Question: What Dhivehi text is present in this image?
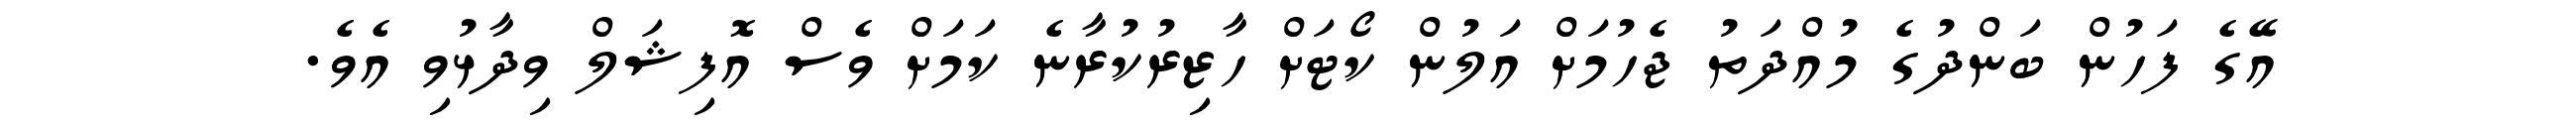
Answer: އޭގެ ފަހުން ބަންދުގެ މުއްދަތު ޖެހުމަށް އަލުން ކޯޓަށް ހާޒިރުކުރާނެ ކަމަށް ވެސް އޮފިޝަލް ވިދާޅުވި އެވެ.